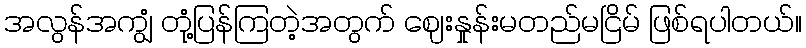
အလွန်အကျွံ တုံ့ပြန်ကြတဲ့အတွက် ဈေးနှုန်းမတည်မငြိမ် ဖြစ်ရပါတယ်။